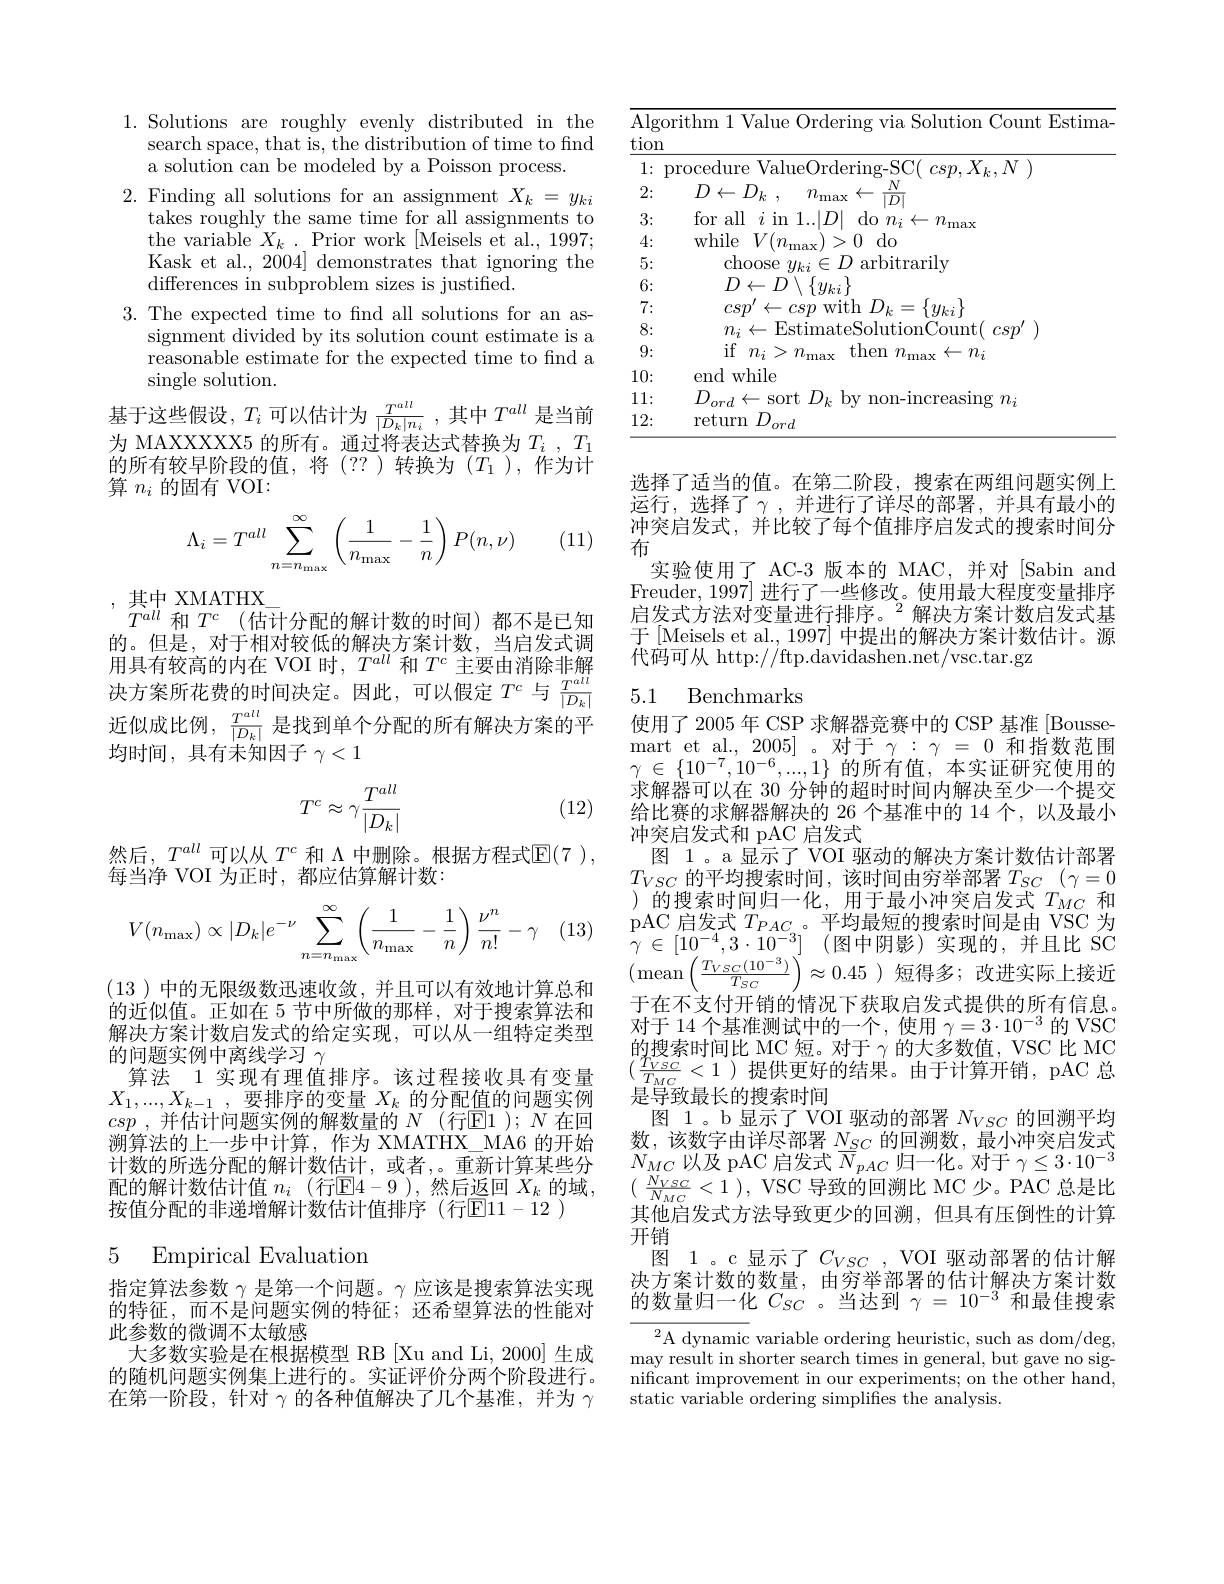
1. Solutions are roughly evenly distributed in the
search space, that is, the distribution of time to find
a solution can be modeled by a Poisson process
2. Finding all solutions for an assignment $X_k=y_{ki}$
takes roughly the same time for all assignments to the variable $X_k.$ Prior work [Meisels et al., 1997; Kask et al., 2004] demonstrates that ignoring the differences in subproblem sizes is justified.
3. The expected time to fnd all solutions for an as-
signment divided by its solution count estimate is a reasonable estimate for the expected time to fnd a $\operatorname{single}$ solution.
基于这些假设，$T_i$可以估计为$\frac{T^{all}}{|D_k|n_i}$,其中$T^all$是当前为 MAXXXXX5 的所有。通过将表达式替换为$T_i$ , $T_1$ 的所有较早阶段的值，将(??)转换为($T_1$),作为计算$n_i$的固有 VOI:

(11)
$$\Lambda_i=T^{all}\sum_{n=n_{\max}}^{\infty}\left(\frac{1}{n_{\max}}-\frac{1}{n}\right)P(n,\nu)$$
,其中 XMATHX]
$T^{all}$和$T^c$ (估计分配的解计数的时间)都不是已知

的。但是，对于相对较低的解决方案计数，当启发式调用具有较高的内在 VOI 时，$T^{all}$和$T^c$主要由消除非解决方案所花费的时间决定。因此，可以假定$T^c$与$\frac{T^{all}}{|D_k|}$ 近似成比例，$\frac{T^{all}}{|D_k|}$是找到单个分配的所有解决方案的平均时间，具有未知因子$\gamma<1$
$$T^c\approx\gamma\frac{T^{all}}{|D_k|}$$
(12)

然后，$T^{all}$可以从$T^c$ 和 $\Lambda$ 中删除。根据方程式$\mathbb{E}(7)$,
每当净 VOI 为正时，都应估算解计数：
$$V(n_{\max})\propto|D_k|e^{-\nu}\sum_{n=n_{\max}}^{\infty}\biggl(\frac{1}{n_{\max}}-\frac{1}{n}\biggr)\frac{\nu^n}{n!}-\gamma $$
(13)中的无限级数迅速收敛，并且可以有效地计算总和

的近似值。正如在 5 节中所做的那样，对于搜索算法和解决方案计数启发式的给定实现，可以从一组特定类型的问题实例中离线学习$\gamma$
算法 1 实现有理值排序。该过程接收具有变量$X_1, . . . , X_{k- 1}$ ,要排序的变量 $X_k$ 的分配值的问题实例csp , 并估计问题实例的解数量的$N$(行E$1) ; N$ 在回溯算法的上一步中计算，作为 XMATHX\_MA6 的开始按值分配的非递增解计数估计值排序(行E11-12 )

# 5 Empirical Evaluation

指定算法参数$\gamma$是第一个问题。γ 应该是搜索算法实现的特征，而不是问题实例的特征；还希望算法的性能对此参数的微调不太敏感
大多数实验是在根据模型 RB [Xu and Li, 2000] 生成的随机问题实例集上进行的。实证评价分两个阶段进行。在第一阶段，针对$\gamma$的各种值解决了几个基准，并为$\gamma$

<table>
	<tbody>
		<tr>
			<td>$\overline{\mathrm{Algor}}$ tion</td>
			<td>rithm 1 Value Ordering via Solution Count Estima</td>
		</tr>
		<tr>
			<td>1: $\Upsilon D$</td>
			<td></td>
		</tr>
		<tr>
			<td>2:</td>
			<td>$\cdot D_{k}$ $n_\mathrm{max}$ $N$ 10 1. $\leftarrow$ $\leftarrow$</td>
		</tr>
		<tr>
			<td>3:</td>
			<td>for all $|TD$ 7 117 $do$ 1 $\eta_{\nu}.$</td>
		</tr>
		<tr>
			<td>4:</td>
			<td>while $VI$ 0 $do$ 1</td>
		</tr>
		<tr>
			<td>5:</td>
			<td>choose 10 1. arbitrarily $Ul.$</td>
		</tr>
		<tr>
			<td>6:</td>
			<td>$D\leftarrow D$ $\{y_{ki}\}$</td>
		</tr>
		<tr>
			<td>7:</td>
			<td>with $12_{k}$ 二 , $\{y_{ki}\}$ $r^{\prime}$S</td>
		</tr>
		<tr>
			<td>8:</td>
			<td>Fistimates (0)ount $r\boldsymbol{s}m$ $TH_{\mathrm{ia}}$</td>
		</tr>
		<tr>
			<td>9:</td>
			<td>if$n_i$ > $n_\mathrm{max}$ then $n_\mathrm{max}$ $\leftarrow n_i$</td>
		</tr>
		<tr>
			<td>10:</td>
			<td>end while</td>
		</tr>
		<tr>
			<td>11:</td>
			<td>111 sort $1D_{l}$ $h$ sing</td>
		</tr>
		<tr>
			<td>12:</td>
			<td>return $D.$ $'_{ord}$</td>
		</tr>
	</tbody>
</table>

选择了适当的值。在第二阶段，搜索在两组问题实例上运行，选择了$\gamma$,并进行了详尽的部署，并具有最小的冲突启发式，并比较了每个值排序启发式的搜索时间分布
实验使用了 AC-3 版本的 MAC,并对 [Sabin and Freuder, 1997] 进行了一些修改。使用最大程度变量排序启发式方法对变量进行排序。$^2$解决方案计数启发式基于[Meisels et al., 1997] 中提出的解决方案计数估计。源$\dot{\text{代码可从 http://ftp.davidashen.net/vsc.tar.gz}}$

## 5.1 Benchmarks

使用了2005 年 CSP 求解器竞赛中的 CSP 基准 [Boussemart et al., 2005] 。对于$\gamma:\gamma=0$和指数范围$\gamma\in\{10^{-7},10^{-6},...,1\}$的所有值，本实证研究使用的求解器可以在 30 分钟的超时时间内解决至少一个提交给比赛的求解器解决的 26 个基准中的 14 个，以及最小冲突启发式和 pAC 启发式
图 1。a 显示了 VOI 驱动的解决方案计数估计部署$T_{VSC}$的平均搜索时间，该时间由穷举部署$T_SC(\gamma=0$ )的搜索时间归一化，用于最小冲突启发式$T_{MC}$和pAC 启发式$T_{PAC}$。平均最短的搜索时间是由 VSC 为$\gamma \in [ 10^{- 4}, 3\cdot 10^{- 3}]$ (图中阴影)实现的，并且比 SC $(\operatorname*{mean}\left(\frac{T_{VSC}(10^{-3})}{T_{SC}}\right)\approx0.45$)短得多；改进实际上接近于在不支付开销的情况下获取启发式提供的所有信息。对于 14 个基准测试中的一个，使用$\gamma=3\cdot10^-3$的 VSC 的搜索时间比 MC 短。对于$\gamma$的大多数值，VSC 比 MC $(\frac{T_{VSC}}{T_{MC}}<1)$提供更好的结果。由于计算开销，pAC 总是导致最长的搜索时间
图 1。b 显示了 VOI 驱动的部署$N_{VSC}$的回溯平均数，该数字由详尽部署$N_{SC}$的回溯数，最小冲突启发式
计 数 的 所 选 分 配 的 解 计 数 估 计 , 或 者 , 。重 新 计 算 某 些 分 $N_{MC}$以 及 pAC 启 发 式 $\overline {N}_{pAC}$ 归 一 化 。对 于 $\gamma \leq 3\cdot 10^{- 3}$ 配 的 解 计 数 估 计 值 $n_{i}$ (行 [ E] 4- 9) , 然 后 返 回 $X_{k}$ 的 域 , $( \frac {N_{VSC}}{N_{NC}}< 1) $, VSC 导 致 的 回 溯 比 MC 少 。PAC 总 是 比 控 估 人 而 的 北 洋 增 额 土 激 估 计 算 出 售 地 定 (在 同 111-12)
其他启发式方法导致更少的回溯，但具有压倒性的计算
开销
图 1。c显示了$C_{VSC}$ ,VOI 驱动部署的估计解决方案计数的数量，由穷举部署的估计解决方案计数的数量归一化$C_SC$ 。当达到$\gamma=10^-3$和最佳搜索
$^{2}$A dynamic variable ordering heuristic, such as dom/deg, may result in shorter search times in general, but gave no significant improvement in our experiments; on the other hand,

static variable ordering simplifies the analysis.